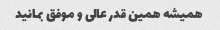
همیشه همین قدر عالی و موفق بمانید